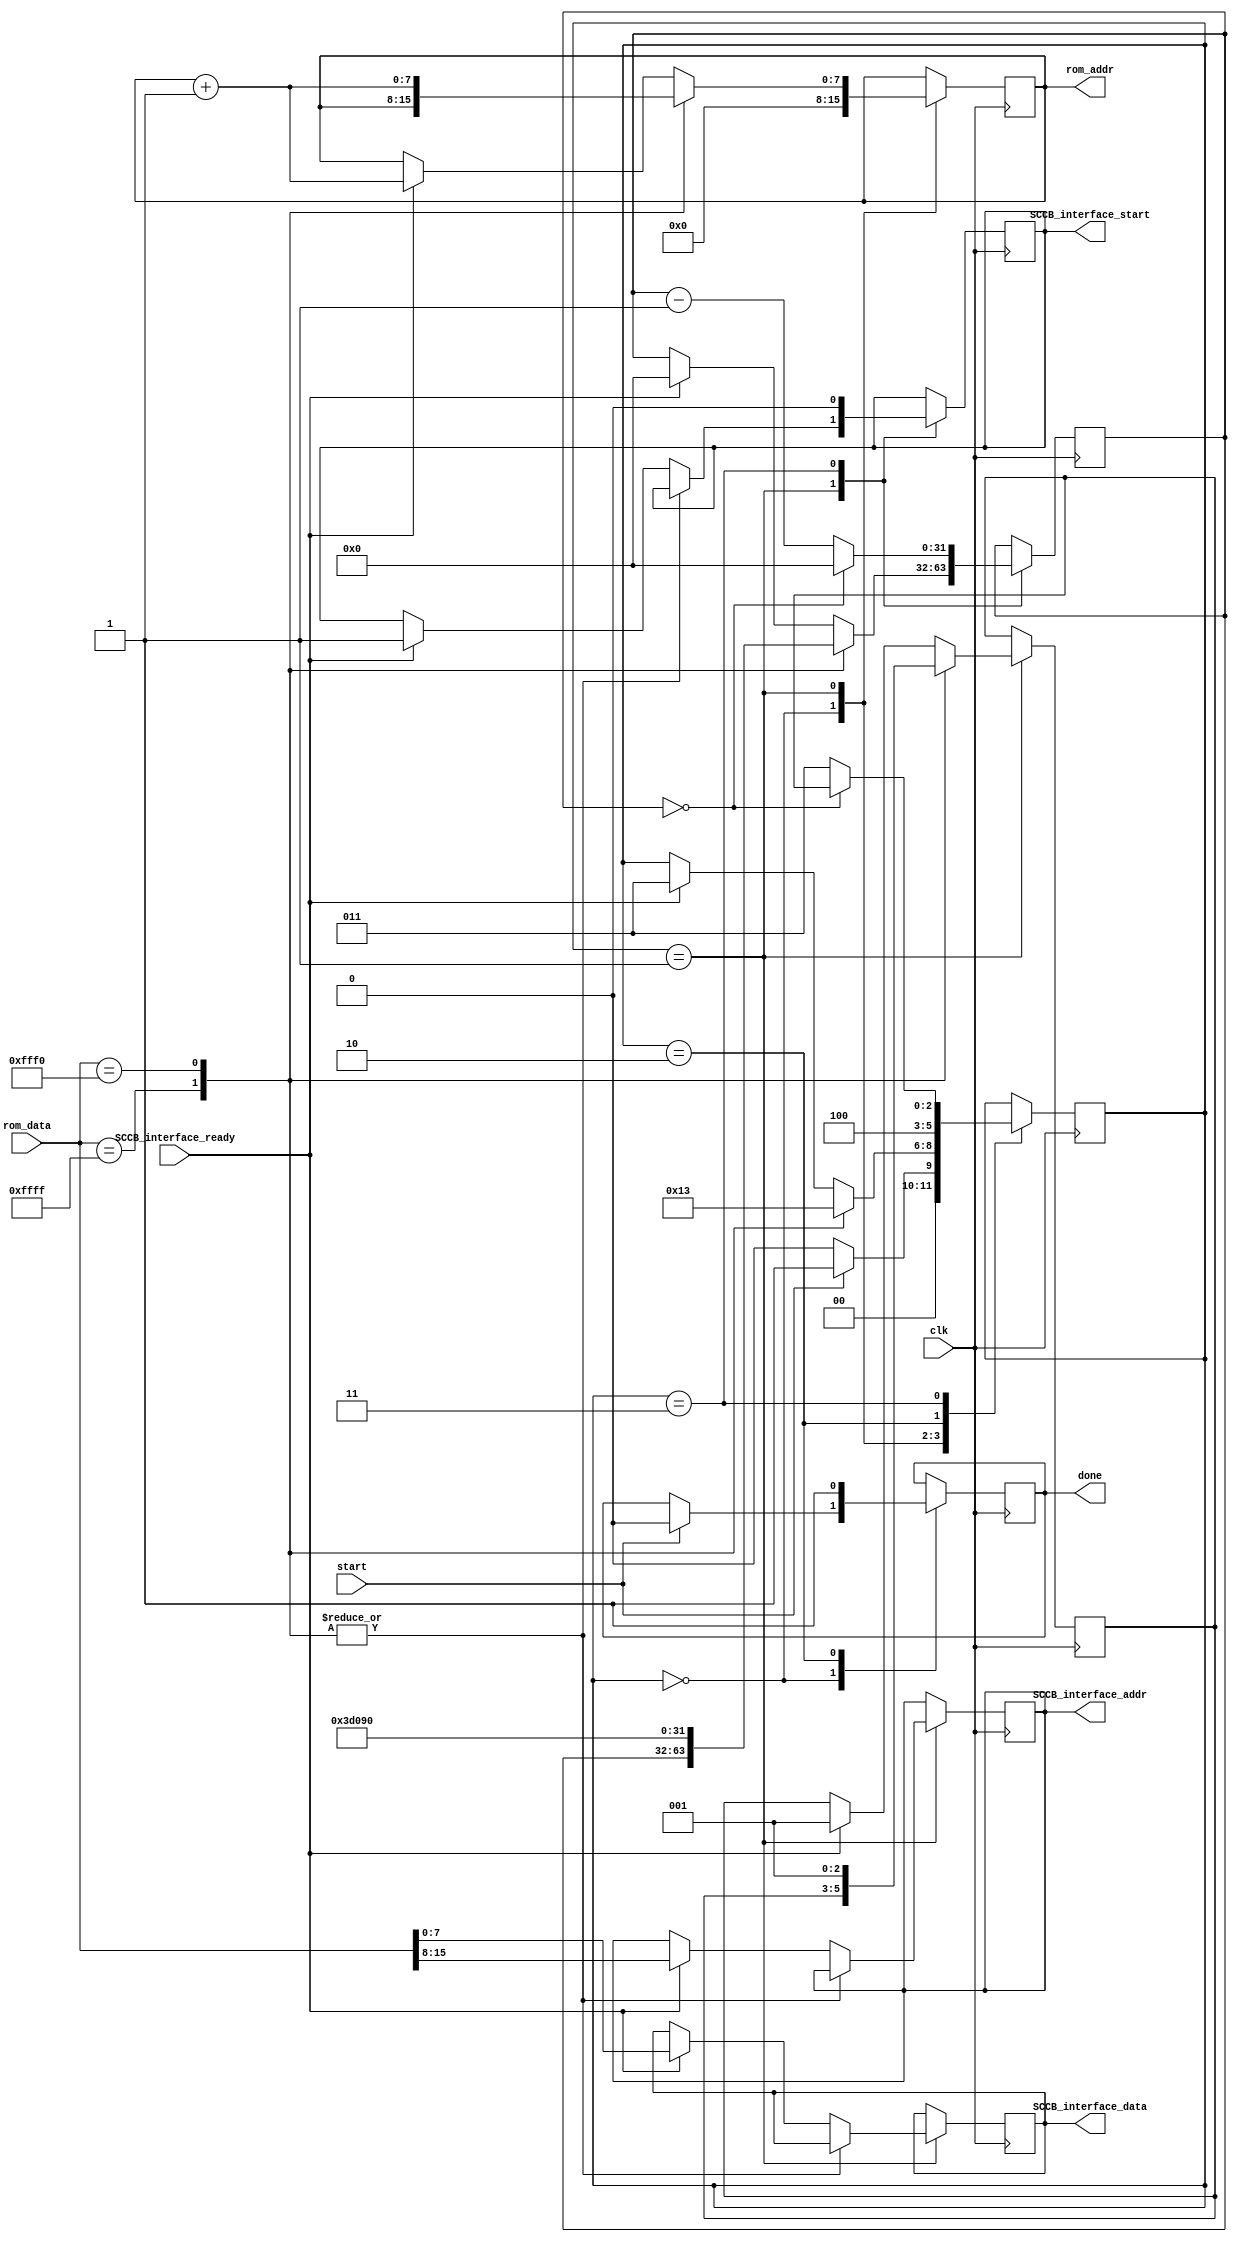
//  OV7670_config.v - state machine for writing configuration values to camera sequentially
//                  Edited by Jagir Charla
//changes are done to run the configuration only once

module OV7670_config
#(
    parameter CLK_FREQ = 25000000
)
(
    input wire clk,
    input wire SCCB_interface_ready,
    input wire [15:0] rom_data,
    input wire start,
    output reg [7:0] rom_addr,
    output reg done,
    output reg [7:0] SCCB_interface_addr,
    output reg [7:0] SCCB_interface_data,
    output reg SCCB_interface_start
    );
    
    initial begin
        rom_addr = 0;
        done = 0;
        SCCB_interface_addr = 0;
        SCCB_interface_data = 0;
        SCCB_interface_start = 0;
    end
    
    localparam FSM_IDLE = 0;
    localparam FSM_SEND_CMD = 1;
    localparam FSM_DONE = 2;
    localparam FSM_TIMER = 3;
    localparam FSM_DONE_IDLE = 4;
    
    reg [2:0] FSM_state = FSM_IDLE;
    reg [2:0] FSM_return_state;
    reg [31:0] timer = 0; 
    
    always@(posedge clk) begin
    
        case(FSM_state)
            
            FSM_IDLE: begin 
                FSM_state <= start ? FSM_SEND_CMD : FSM_IDLE;
                rom_addr <= 0;
                done <= start ? 0 : done;
            end
            
            FSM_SEND_CMD: begin 
                case(rom_data)
                    16'hFFFF: begin //end of ROM
                        FSM_state <= FSM_DONE;
                    end
                    
                    16'hFFF0: begin //delay state 
                        timer <= (CLK_FREQ/100); //10 ms delay
                        FSM_state <= FSM_TIMER;
                        FSM_return_state <= FSM_SEND_CMD;
                        rom_addr <= rom_addr + 1;
                    end
                    
                    default: begin //normal rom commands
                        if (SCCB_interface_ready) begin
                            FSM_state <= FSM_TIMER;
                            FSM_return_state <= FSM_SEND_CMD;
                            timer <= 0; //one cycle delay gives ready chance to deassert
                            rom_addr <= rom_addr + 1;
                            SCCB_interface_addr <= rom_data[15:8];
                            SCCB_interface_data <= rom_data[7:0];
                            SCCB_interface_start <= 1;
                        end
                    end
                endcase
            end
                        
            FSM_DONE: begin //signal done 
                FSM_state <= FSM_DONE_IDLE;
                done <= 1;
            end

            FSM_DONE_IDLE:begin
            end
                            
            FSM_TIMER: begin //count down and jump to next state
                FSM_state <= (timer == 0) ? FSM_return_state : FSM_TIMER;
                timer <= (timer==0) ? 0 : timer - 1;
                SCCB_interface_start <= 0;
            end
        endcase
    end
endmodule